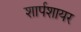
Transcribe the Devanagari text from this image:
शार्पशायर